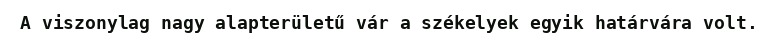
A viszonylag nagy alapterületű vár a székelyek egyik határvára volt.